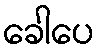
ခေါပေ